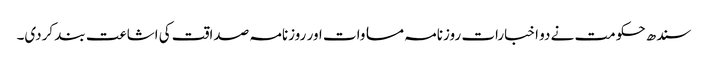
سندھ حکومت نے دو اخبارات روزنامہ مساوات اور روزنامہ صداقت کی اشاعت بند کردی۔